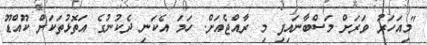
"މިއަހަރު ވަރަށް މަސްބާނައިފި މި ރާއްޖެއަށް. ހަމަ އެކަނި ދެކުނުގެ އަތޮޅުތަކަށް ކޫއްޑޫ